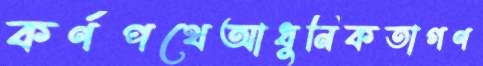
কর্ণপথেআধুনিকতাগণ